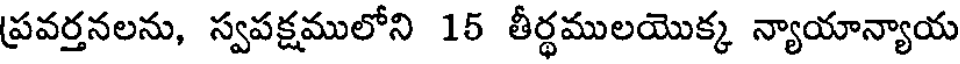
ప్రవర్తనలను, స్వపక్షములోని 15 తీర్థములయొక్క న్యాయాన్యాయ